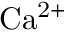
\mathrm { { C a ^ { 2 + } } }